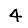
Digit: 4